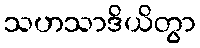
သဟသာဒိယိတွာ